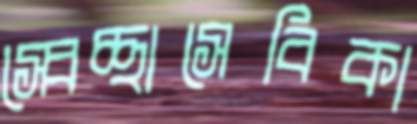
স্বেচ্ছাসেবিকা